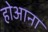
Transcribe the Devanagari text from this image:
होआना